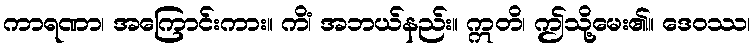
ကာရဏာ၊ အကြောင်းကား။ ကိံ၊ အဘယ်နည်း။ ဣတိ၊ ဤသို့မေး၏။ ဒေဝဿ၊